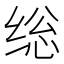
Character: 𰬥